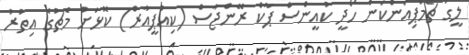
ލީގު ޗެމްޕިއަންކަން ހޯދީ ކުއީންސް ޕާކް ރޭންޖާސް (ކިއުޕީއާރް) ކޮޅަށް މެޗުގެ އިތުރު